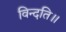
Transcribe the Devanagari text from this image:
विन्दति॥